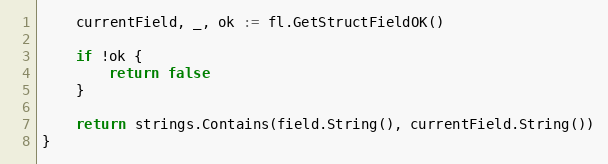
Language: Go
	currentField, _, ok := fl.GetStructFieldOK()

	if !ok {
		return false
	}

	return strings.Contains(field.String(), currentField.String())
}